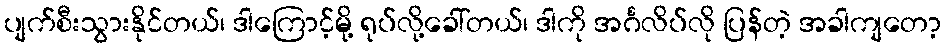
ပျက်စီးသွားနိုင်တယ်၊ ဒါကြောင့်မို့ ရုပ်လို့ခေါ်တယ်၊ ဒါကို အင်္ဂလိပ်လို ပြန်တဲ့ အခါကျတော့